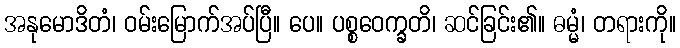
အနုမောဒိတံ၊ ဝမ်းမြောက်အပ်ပြီ။ ပေ။ ပစ္စဝေက္ခတိ၊ ဆင်ခြင်း၏။ ဓမ္မံ၊ တရားကို။